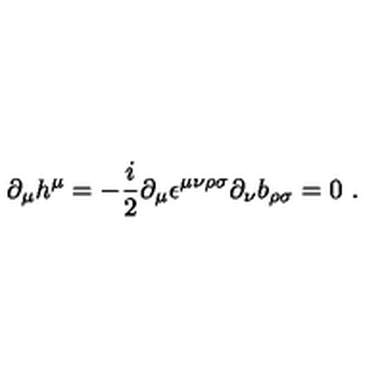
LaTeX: \partial _ { \mu } h ^ { \mu } = - { \frac { i } { 2 } } \partial _ { \mu } \epsilon ^ { \mu \nu \rho \sigma } \partial _ { \nu } b _ { \rho \sigma } = 0 \ .